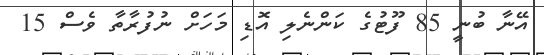
އޭނާ ބުނީ 85 ފޫޓުގެ ކަންނެލި އޮޑި މަހަށް ނުފުރާތާ ވެސް 15